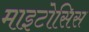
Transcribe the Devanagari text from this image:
माइटोसिस